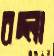
বদ্‌লা